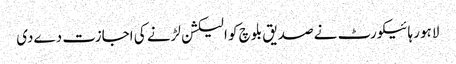
لاہور ہائیکورٹ نے صدیق بلوچ کو الیکشن لڑنے کی اجازت دےدی